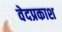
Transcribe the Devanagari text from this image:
वेदप्रकाश